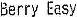
BERRY EASY